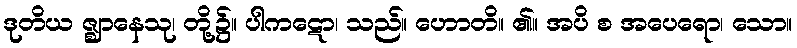
ဒုတိယ ဇ္ဈာနေသု၊ တို့၌။ ပါကဋော၊ သည်။ ဟောတိ။ ၏။ အပိ စ အပေရော၊ သော။